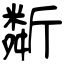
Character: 斴